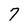
Character: 7